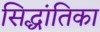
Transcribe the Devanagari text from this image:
सिद्धांतिका